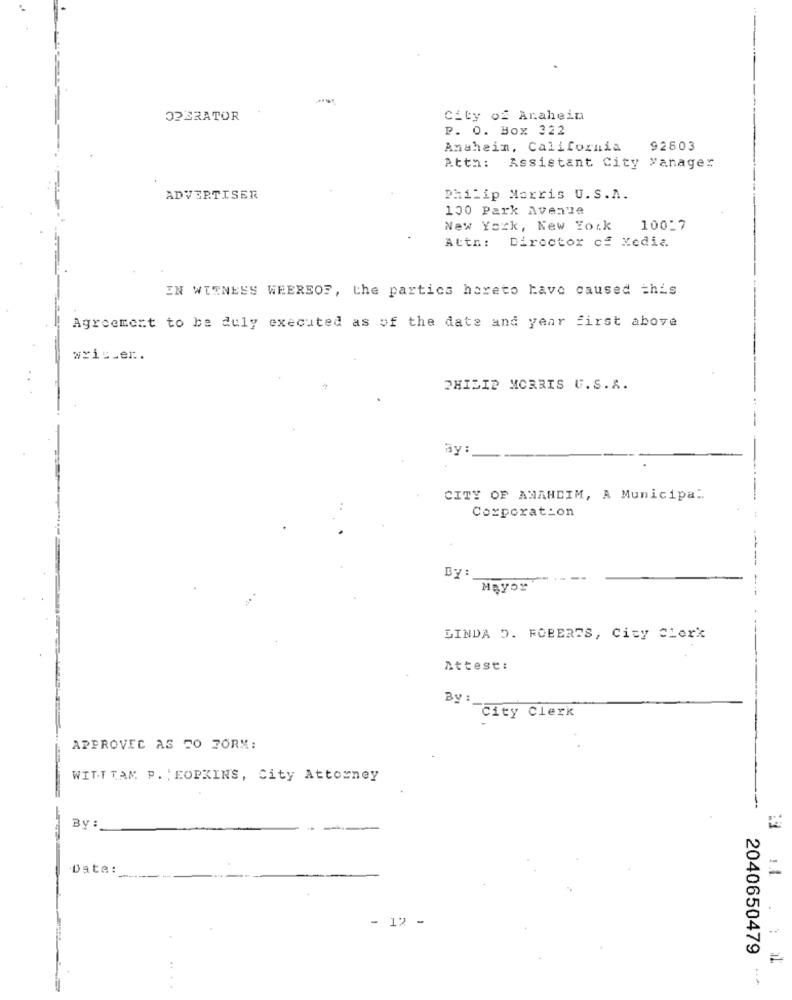
OPERATOR
City of Arahein
P. O. Box 322
Anahein, California
92803
Attn:
Assistant City Manager
ADVERTISER
Philip Morris U. S.A.
100 Park Avenue
New York, New York
10017
Attn: Director of Media
IN WITNESS WHEREOF, the partics hereto have caused =his
Agreement to be duly executed as of the date and year first above
wris_er.
PHILIP MORRIS U.S. A.
BY :
CITY OF AMAHDIM, A Municipal.
Corporation
By :
----
Mayor
LINDA O. FOBERTS, City Clerk
Attest:
By' City Clerk
APPROVED AS TO FORM:
WITTTAM P. ; HOPKINS, City Attorney
By:
Date:
- 12
2040650479